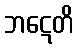
ဘဋေတိ